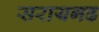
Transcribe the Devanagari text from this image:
सरायगढ